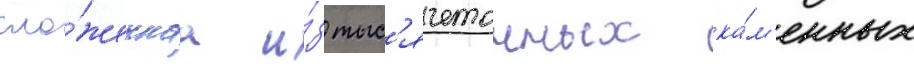
сло́женнаа и́з тыс'ячетонных ка́м'енных